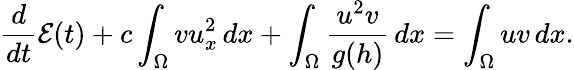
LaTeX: \frac{d}{dt}\mathcal{E}(t)+c\int_{\Omega}{vu_{x}^{2}\, dx}+\int_{\Omega}{\frac{u^{2}v}{g(h)}\, dx}=\int_{\Omega}{uv\, dx}.